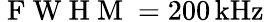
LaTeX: \mathrm{~F~W~H~M~}=200\, \mathrm{kHz}